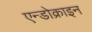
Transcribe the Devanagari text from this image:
एन्डोक्राइन